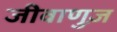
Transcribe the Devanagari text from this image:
जीवाणुज़